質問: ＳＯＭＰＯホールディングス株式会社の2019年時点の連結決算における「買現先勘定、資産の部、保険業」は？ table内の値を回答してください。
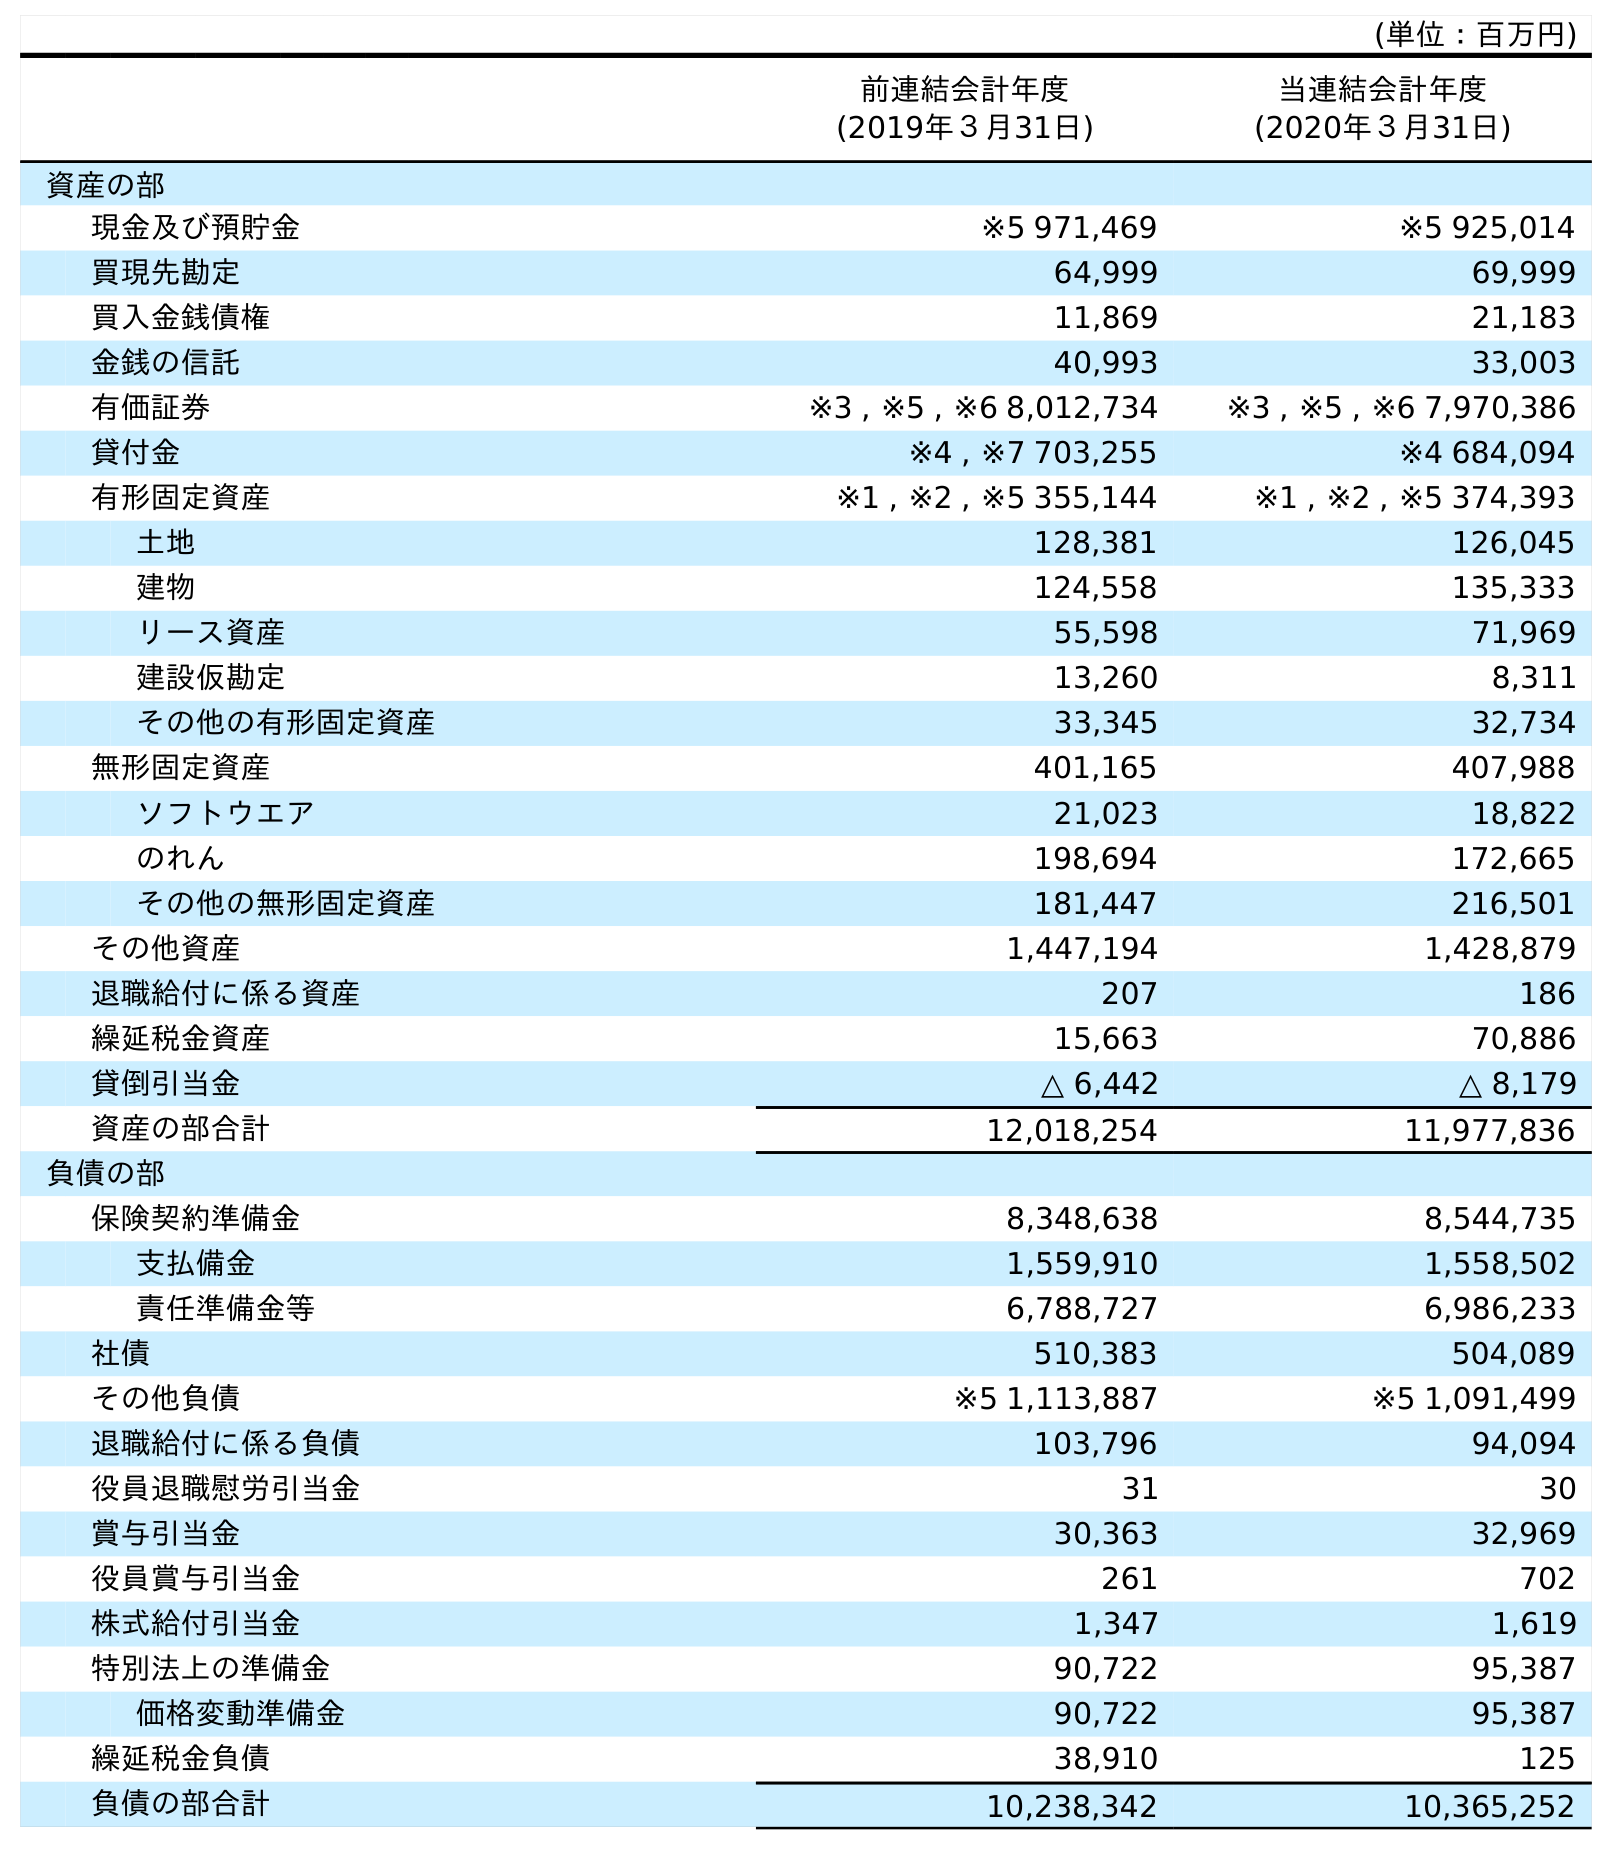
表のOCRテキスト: (単位：百万円) 前連結会計年度 (2019年３月31日) 当連結会計年度 (2020年３月31日) 資産の部 現金及び預貯金 ※5 971,469 ※5 925,014 買現先勘定 64,999 69,999 買入金銭債権 11,869 21,183 金銭の信託 40,993 33,003 有価証券 ※3 , ※5 , ※6 8,012,734 ※3 , ※5 , ※6 7,970,386 貸付金 ※4 , ※7 703,255 ※4 684,094 有形固定資産 ※1 , ※2 , ※5 355,144 ※1 , ※2 , ※5 374,393 土地 128,381 126,045 建物 124,558 135,333 リース資産 55,598 71,969 建設仮勘定 13,260 8,311 その他の有形固定資産 33,345 32,734 無形固定資産 401,165 407,988 ソフトウエア 21,023 18,822 のれん 198,694 172,665 その他の無形固定資産 181,447 216,501 その他資産 1,447,194 1,428,879 退職給付に係る資産 207 186 繰延税金資産 15,663 70,886 貸倒引当金 △ 6,442 △ 8,179 資産の部合計 12,018,254 11,977,836 負債の部 保険契約準備金 8,348,638 8,544,735 支払備金 1,559,910 1,558,502 責任準備金等 6,788,727 6,986,233 社債 510,383 504,089 その他負債 ※5 1,113,887 ※5 1,091,499 退職給付に係る負債 103,796 94,094 役員退職慰労引当金 31 30 賞与引当金 30,363 32,969 役員賞与引当金 261 702 株式給付引当金 1,347 1,619 特別法上の準備金 90,722 95,387 価格変動準備金 90,722 95,387 繰延税金負債 38,910 125 負債の部合計 10,238,342 10,365,252
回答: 64,999